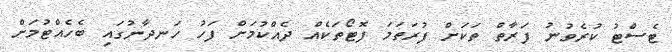
ޓެސްޓު ކުރެވުނު ފަރާތް ތަކަށް ފުރަތަމަ ފޮޓޯތަކެއް ދެއްކުމަށް ފަހު ހަނދާނުގައި ބެހެއްޓުމަށް